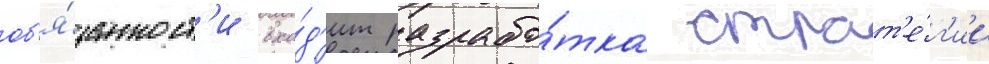
об'я́занност'и вхо́д'ит разрабо́тка страт'е́г'ии